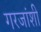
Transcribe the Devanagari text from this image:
गरजांशी